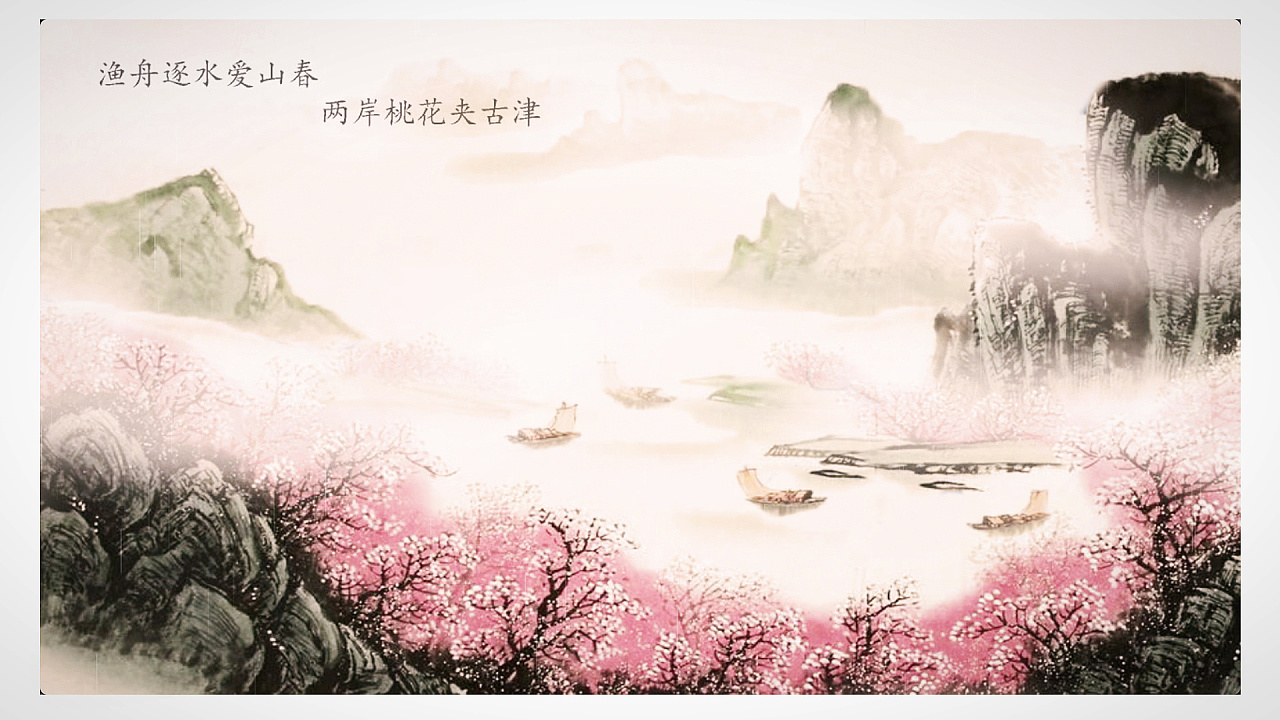
渔舟逐水爱山春，两岸桃花夹古津。